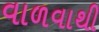
વાળવાથી